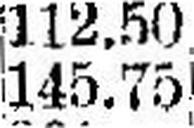
145.75